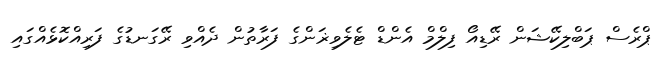
ޕްރެސް ޕަބްލިކޭޝަން ރޭޑިއޯ ފިލްމް އެންޑް ޓެލެވިޜަންގެ ފަރާތުން ދެއްވި ރޭގަނޑުގެ ފަރިއްކޮޅެއްގައި